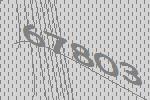
67803